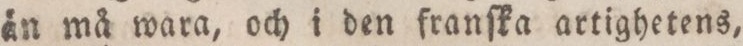
än må wara, och i den franſka artighetens,